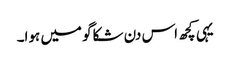
یہی کچھ اس دن شکاگو میں ہوا۔